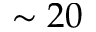
\sim 2 0